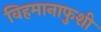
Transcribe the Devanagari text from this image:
विहमानाफुशी